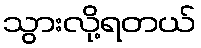
သွားလို့ရတယ်